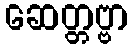
ဆေတ္တဗ္ဗာ